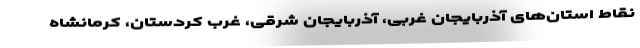
نقاط استان‌های آذربایجان غربی، آذربایجان شرقی، غرب کردستان، کرمانشاه